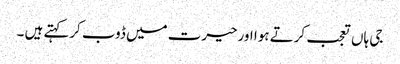
جی ہاں تعجب کرتے ہوا اورحیرت میں ڈوب کرکہتے ہیں ۔